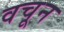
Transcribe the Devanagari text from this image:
वचून